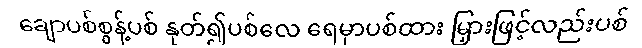
ချောပစ်စွန့်ပစ် နုတ်၍ပစ်လေ ရေမှာပစ်ထား မြှားဖြင့်လည်းပစ်